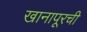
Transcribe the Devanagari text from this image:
खानापूरची